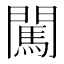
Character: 闖